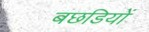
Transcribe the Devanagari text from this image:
बछडियों